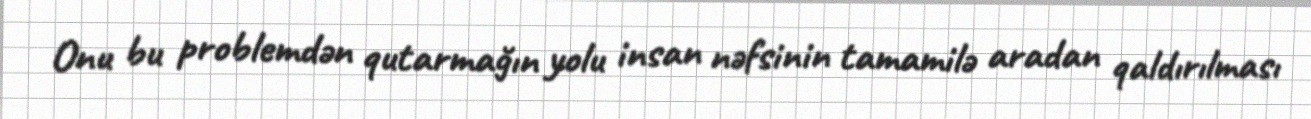
Onu bu problemdən qutarmağın yolu insan nəfsinin tamamilə aradan qaldırılması